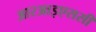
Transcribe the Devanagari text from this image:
आरआइएससी